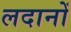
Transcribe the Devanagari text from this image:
लदानों